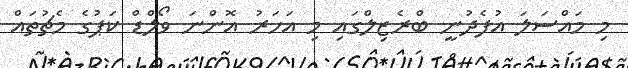
މި މައްސަލަ އުފެދުނީ ބްރެޒިލްގައި މި އަހަރު އޮންނަ ވޯލްޑް ކަޕުގެ މެޗުތައް